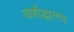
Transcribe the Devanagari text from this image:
वर्णोद्धारतंत्र